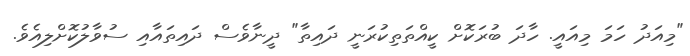
"މިއަދު ހަމަ މިއައީ. ހާދަ ބުރަކޮށް ކީއްތަތިކުރަނީ ދައިތާ" ދީނާވެސް ދައިތައާއި ސުވާލުކޮށްލިއެވެ.